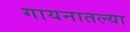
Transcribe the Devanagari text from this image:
गायनातल्या